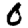
Digit: 0